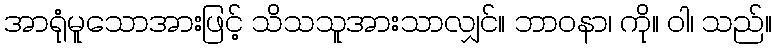
အာရုံမူသောအားဖြင့် သိသသူအားသာလျှင်။ ဘာဝနာ၊ ကို။ ဝါ၊ သည်။